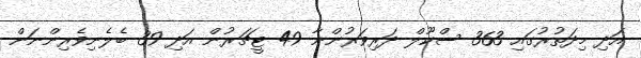
އަދި މިދަތުރުގައި 363 ސްކޫލް ދަރިވަރުންނާ 49 ޓީޗަރުން އަދި 39 ބެލެނިވެރިންނަން